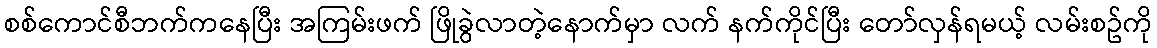
စစ်ကောင်စီဘက်ကနေပြီး အကြမ်းဖက် ဖြိုခွဲလာတဲ့နောက်မှာ လက် နက်ကိုင်ပြီး တော်လှန်ရမယ့် လမ်းစဥ်ကို